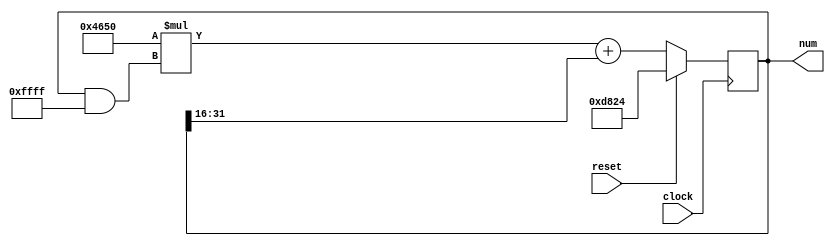
module rand(
	input clock, reset,
	output reg [31:0] num
);
always @(posedge clock)
begin
	if (reset)
		num <= 55332;
	else
		num <= 18000 * (num & 65535) + (num >> 16);
end
endmodule